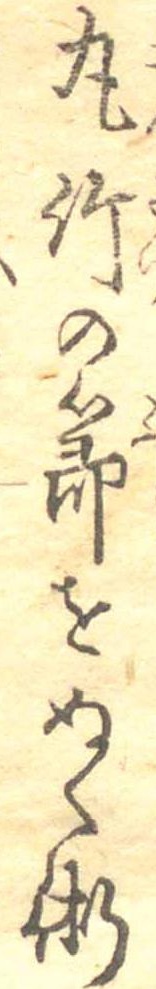
丸竹の節をぬく術